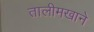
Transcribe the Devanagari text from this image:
तालीमखाने